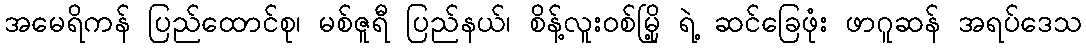
အမေရိကန် ပြည်ထောင်စု၊ မစ်ဇူရီ ပြည်နယ်၊ စိန့်လူးဝစ်မြို့ ရဲ့ ဆင်ခြေဖုံး ဖာဂူဆန် အရပ်ဒေသ